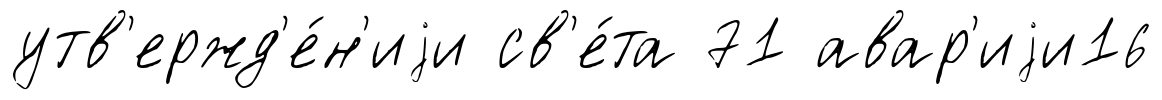
утв'ержд'е́н'иjи св'е́та 71 авар'иjи16